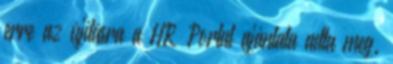
erre az újításra a HR Portal ajánlata adta meg.